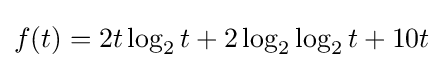
f(t)=2t\log _{2}t+2\log _{2}\log _{2}t+10t